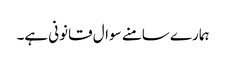
ہمارے سامنے سوال قانونی ہے۔